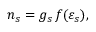
n _ { s } = g _ { s } \, f ( \varepsilon _ { s } ) ,